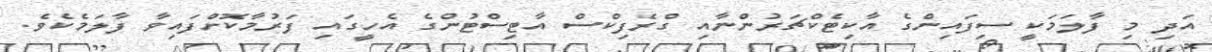
އަދި މި ފާލަމަކީ ސިފައިންގެ އާކިޓެކްޗަރުންނާއި ގްރެފިކްސް އާޓިސްޓުންގެ އެހީގައި ފަރުމާކޮށްފައިވާ ފާލަމެކެވެ.